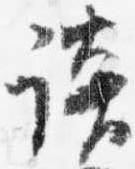
談